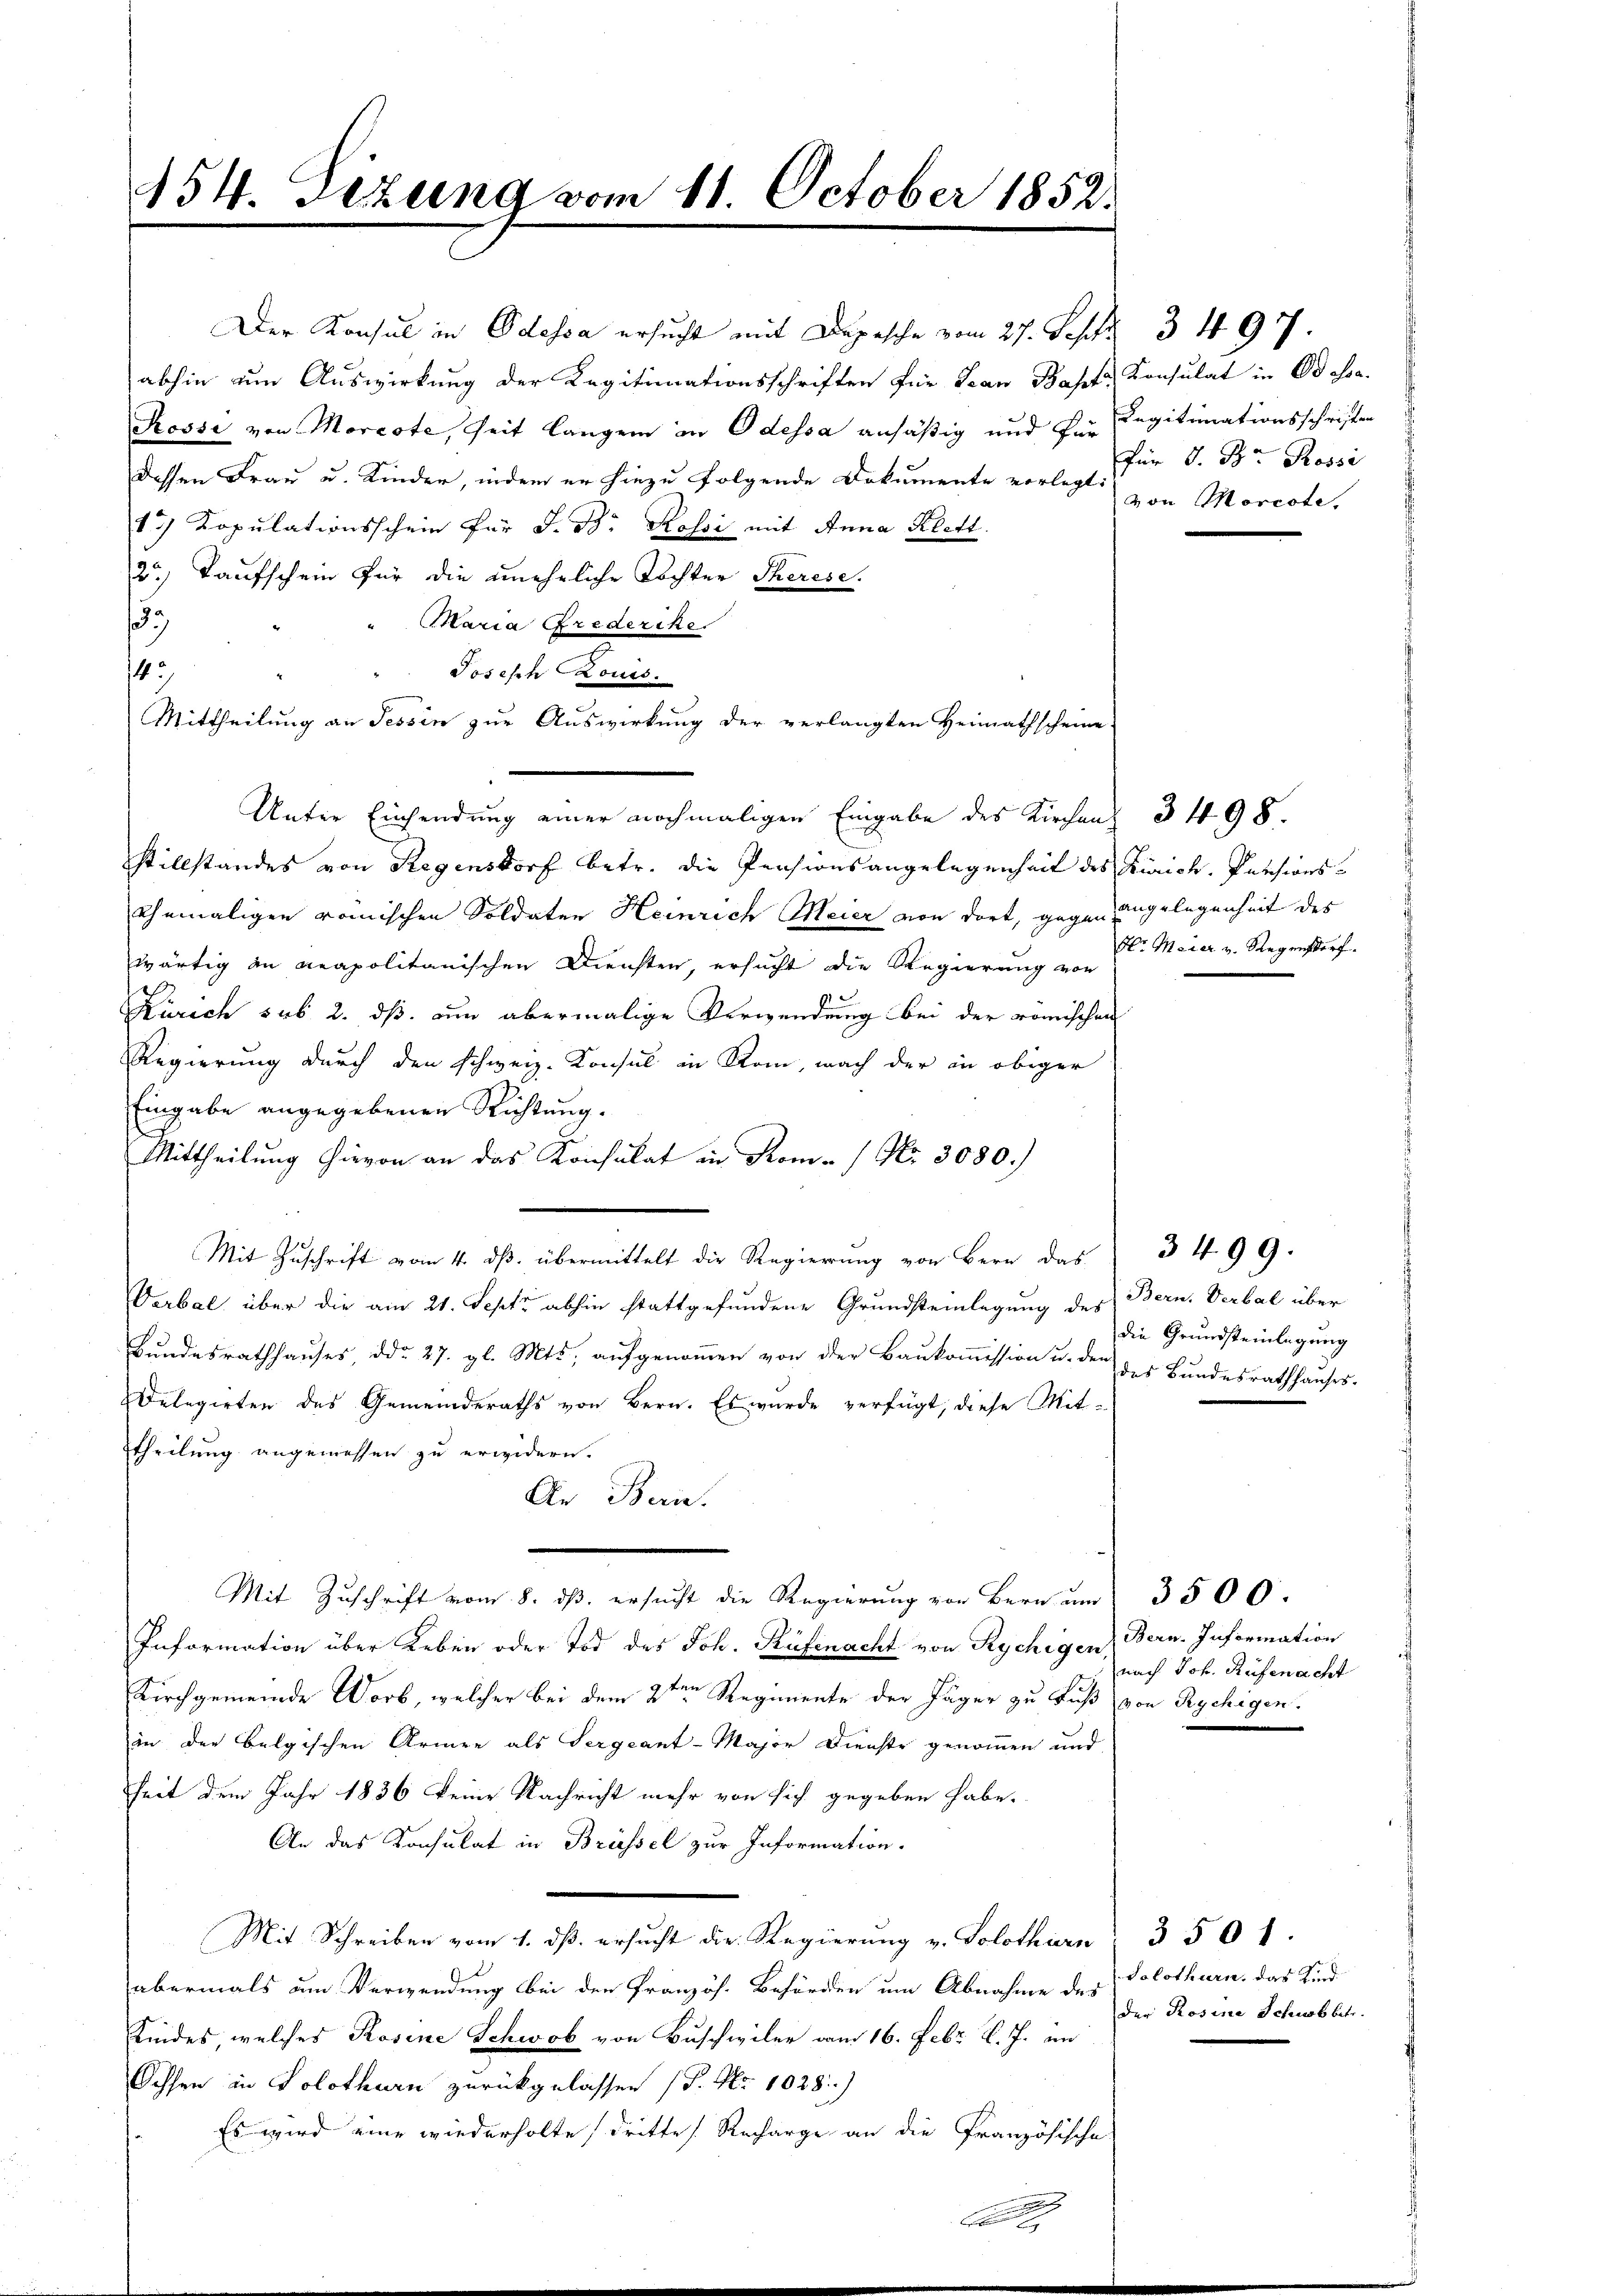
454. Sezung vom
1 October 1852.

Der Konsul in Odessa ersucht mit Depesche vom 27. Sept. 3497.
abhin um Auswirkung der Legitimationsschriften für Jean Bahrte Konsulat in Odoa-
Rosse von Morcote, seit langem in Odessa ansäßig und der Legitimationsschriften
dessen Frau u. Kinder, indem er hiezu folgende Dokumente vorlegt von Morcote,
13) Kopulationsschein für J. B. Rossi mit Anna Klett.
2.) Taufschein für die uneheliche Tochter Therese.
s
Maria Grederike
143
Joseph Louis.
Mittheilung an Tessin zur Auswirkung der verlangten Heimathscheine
Unter Einsendung einer nochmaligen Eingabe des Kirchen, 3498.
stillstandes von Regensdorf betr. die Pensionsangelegenheit des Zürich. Pensionsehemaligen römischen Soldaten Heinrich Meier von dort, gegen Angelegenheit des
wärtig an neapolitanischen Diensten, ersucht die Regierung von
17
Zürich sub 2. ds. um abermalige Verwendung bei der römischen
Regierung durch den schweiz. Konsul in Rom, nach der in obiger
Eingabe angegebenen Richtung.
Mittheilung hievon an das Konsulat in Kom-/ Nr. 3080.)
Mit Zuschrift vom 4. ds. übermittelt die Regierung von Bern das
Verbal über die am 21. Sept abhin stattgefundene Grundsteinlegung des Bern. Verbal über
Bundesrathhauses, ddo 27. gl. Mts. aufgenommen von der Baukommission u. der der Bundesrathhauses
Delegirten des Gemeinderaths von Bern. Es wurde verfügt, diese Mit-
ttheilung angemessen zu erwidern.
An Beri
Mit Zuschrift vom 8. ds. ersucht die Regierung von Bern um 3500.
Information über Leben oder Tod des Joh. Rüfenacht von Rychigen Bern. Information
Kirchgemeinde Wort, welcher bei dem 2ten Regimente der Jäger zu Fuß von Rychigen.
in der belgischen Armen als Sergeant-Major Dienste genommen und
heit dem Jahr 1836 keine Nachricht mehr von sich gegeben habe.
An das Konsulat in Brüssel zur Information.
Mit Schreiben vom 1. dß ersucht die Regierung v. Solothurn 3 501.
abermals um Verwendung bei den Französ. Behörden um Abnahme des Solothurn, das Kind
Kindes, welches Rosine Schwob von Buschwiler vom 16. Febr. v. J. im
Ochsen in Solothurn zurückgelassen (S. Nr. 1028)
Es wird eine wiederholte dritte Recharge an die Französische

für J. Br. Rossi

Hr. Meier v. Regensdorf.

die Grundsteinlegung

nach Joh. Rüfenacht

3499.

Der Rosine Schubbetr.